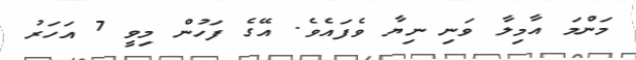
މަންމަ އާމިލާ ވަނި ނިޔާ ވެފައެވެ. އޭގެ ފަހުން މިވީ 7 އަހަރު